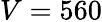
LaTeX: V=560